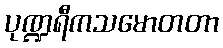
ပုဏ္ဍရီကသမောတတာ